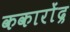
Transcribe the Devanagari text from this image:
ककारोंद्र